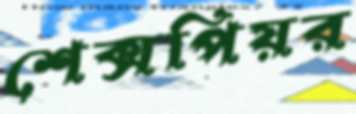
শেক্সপিয়র